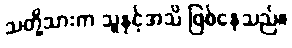
သတို့သားက သူနှင့်အသိ ဖြစ်နေသည်။